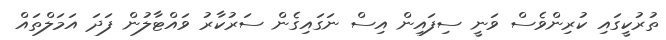
ތުރުކީގައި ކުރިންވެސް ވަނީ ސިފައިން އިސް ނަގައިގެން ސަރުކާރު ވައްޓާލުން ފަދަ އަމަލްތައް